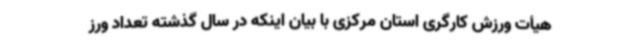
هیأت ورزش کارگری استان مرکزی با بیان اینکه در سال گذشته تعداد ورز